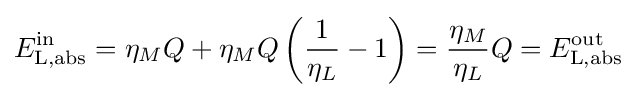
E_{\text{L,abs}}^{\text{in}}=\eta _{M}Q+\eta _{M}Q\left({\frac {1}{\eta _{L}}}-1\right)={\frac {\eta _{M}}{\eta _{L}}}Q=E_{\text{L,abs}}^{\text{out}}